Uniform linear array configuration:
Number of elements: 64
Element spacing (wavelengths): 0.25
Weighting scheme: uniform
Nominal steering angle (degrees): -15
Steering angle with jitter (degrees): -15.216
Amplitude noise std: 0.05
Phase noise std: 0.05

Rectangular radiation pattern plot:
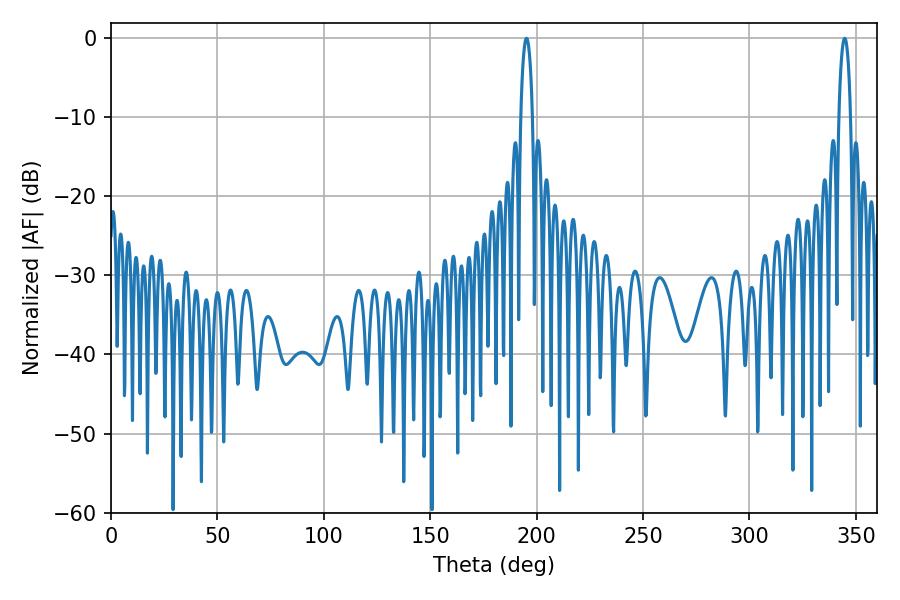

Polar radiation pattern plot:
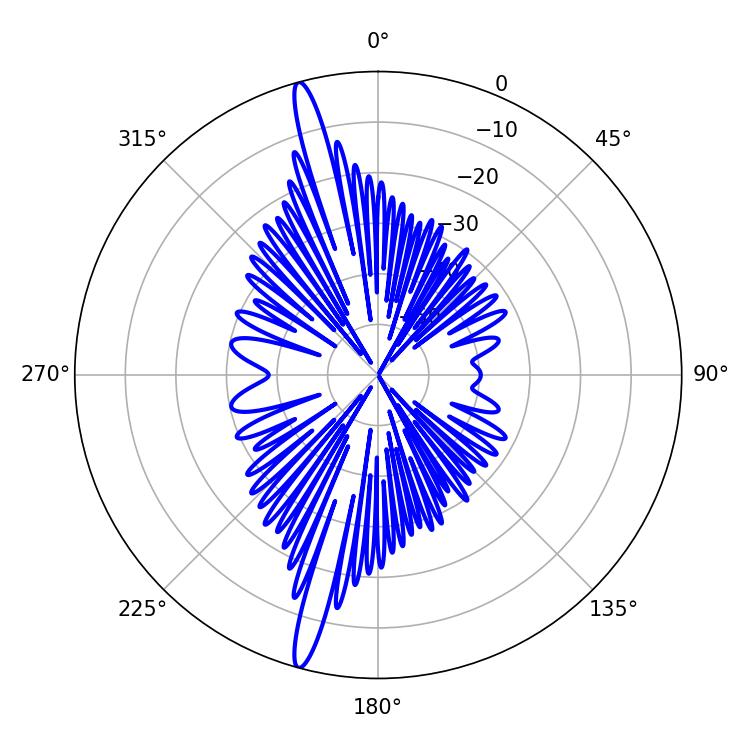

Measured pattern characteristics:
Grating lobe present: FALSE
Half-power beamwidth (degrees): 3.06
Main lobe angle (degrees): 344.7